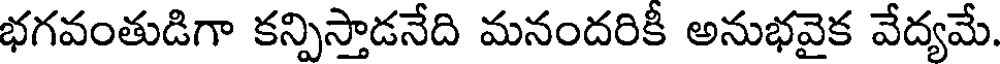
భగవంతుడిగా కన్పిస్తాడనేది మనందరికీ అనుభవైక వేద్యమే.